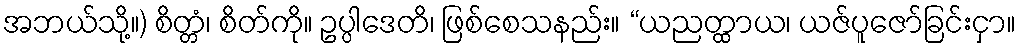
အဘယ်သို့။) စိတ္တံ၊ စိတ်ကို။ ဥပ္ပါဒေတိ၊ ဖြစ်စေသနည်း။ “ယညတ္ထာယ၊ ယဇ်ပူဇော်ခြင်းငှာ။